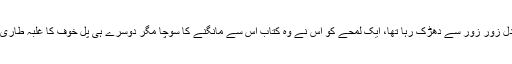
اس کا دل زور زور سے دھڑک رہا تھا، ایک لمحے کو اس نے وہ کتاب اس سے مانگنے کا سوچا مگر دوسرے ہی پل خوف کا غلبہ طاری ہو گیا۔